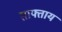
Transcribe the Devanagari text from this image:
ताफ्ताय